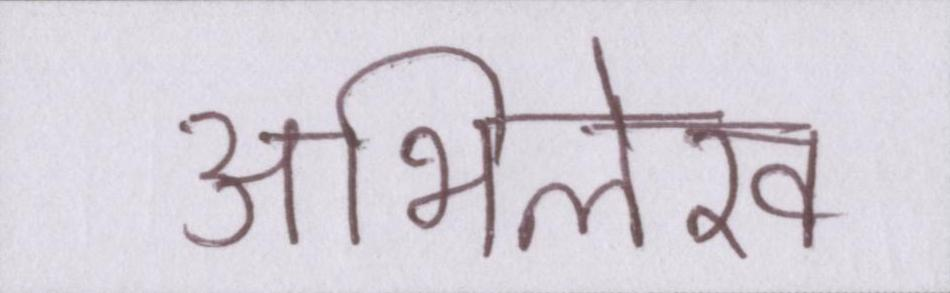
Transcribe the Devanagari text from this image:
अभिलेख